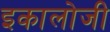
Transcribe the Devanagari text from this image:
इकालोजी